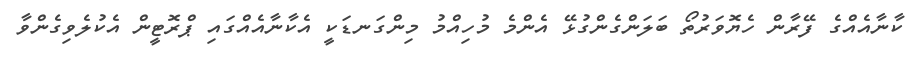
ކާނާއެއްގެ ފޭރާން ހެޔޮވަރުތޯ ބަލަންގެންގުޅޭ އެންމެ މުހިއްމު މިންގަނޑަކީ އެކާނާއެއްގައި ޕްރޮޓީން އެކުލެވިގެންވާ